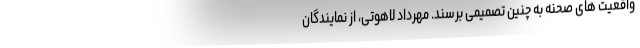
واقعیت های صحنه به چنین تصمیمی برسند. مهرداد لاهوتی، از نمایندگان